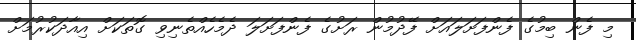
މި ފެން ބިމުގެ ފެންފަށަލައަށް ފޭދުމުން ރަށުގެ ފެންފަށަލަ ދެމެހެއްތެނިވި ގޮތަކަށް އިއާދަކުރުމަށް